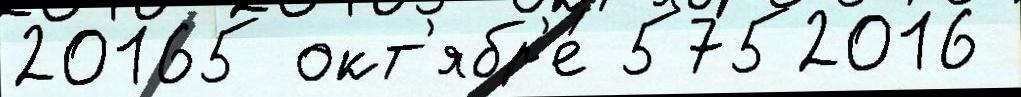
20165 окт'ябр'е́ 5752016